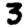
Digit: 3